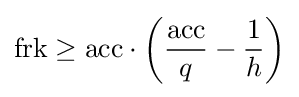
{\text{frk}}\geq {\text{acc}}\cdot \left({\frac {\text{acc}}{q}}-{\frac {1}{h}}\right)